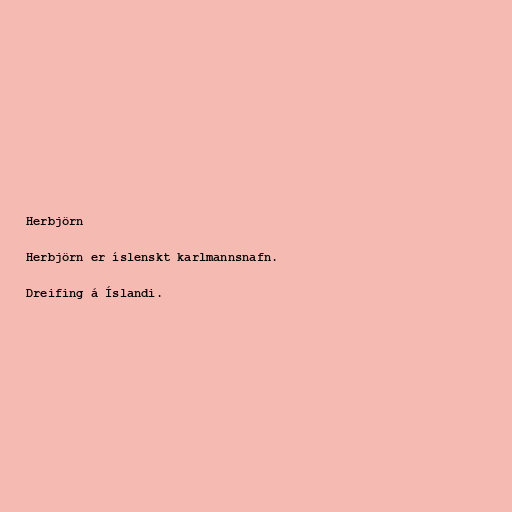
Herbjörn

Herbjörn er íslenskt karlmannsnafn.

Dreifing á Íslandi.